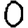
Digit: 0